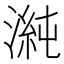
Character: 𭱴